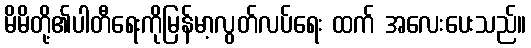
မိမိတို့၏ပါတီရေးကိုမြန်မာ့လွတ်လပ်ရေး ထက် အလေးပေးသည်။